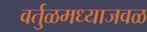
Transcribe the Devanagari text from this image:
वर्तुळमध्याजवळ